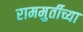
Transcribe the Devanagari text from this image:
राममुर्तीच्या